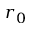
r _ { 0 }